Leaving Certificate, 1901
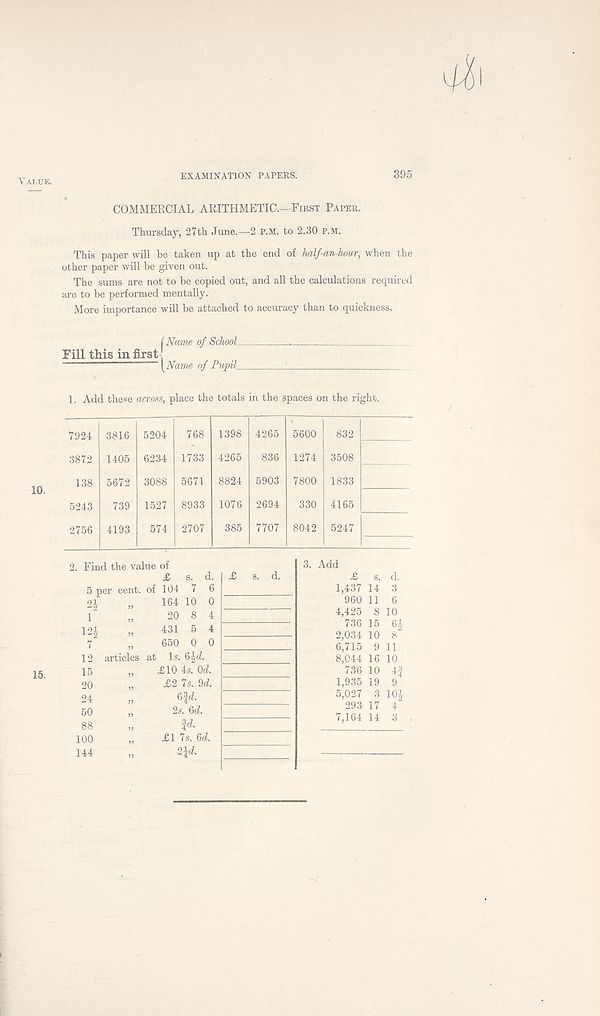
Value.
EXAMINATION PAPERS.
395
10.
COMMERCIAL ARITHMETIC.—First Paper.
Thursday, 27th June.—2 p.m. to 2.30 p.m.
This paper will be taken up at the end of half-an-hour, when the
other paper will be given out.
The sums are not to be copied out, and all the calculations required
are to be performed mentally.
More importance will be attached to accuracy than to quickness.
Fill this in first
(Name of Schools
a
' {Name of Pupil_
1. Add these across, place the totals in the spaces on the right.
7924
3872
138
5243
2756
3816
1405
5672
739
4193
5204
6234
3088
1527
574
768
1733
5671
8933
2707
1398
4265
8824
1076
385
4265
836
5903
2694
7707
5600
1274
7800
330
8042
832
3508
1833
4165
5247
. Find the value of
£ s.
5 per cent, of 104 7
2-i
1
m
7
12
15
20
24
50
88
100
144
164 10
j,
20 8
„ 431 5
„ 650 0
articles at Is. 6|d
„ £10 4s. Od.
„ £2 Is. U.
„
6fd.
2s. %d.
¥■
„ £1 7s. U.
„
2\d.
3. Add £
1,437
960
4,425
736
2,034
6,715
8,044
736
1,935
5,027
293
7,164
s. d.
14 3
11 6
8 10
15 6J
10 8
9 11
16 10
10 4f
19 9
3 10J
17 4
14 3
15.